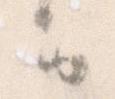
間